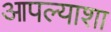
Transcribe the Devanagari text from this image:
आपल्याशा